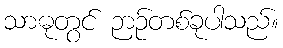
သာဓုတွင် ဉာဉ်တစ်ခုပါသည်။